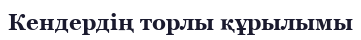
Кендердің торлы құрылымы